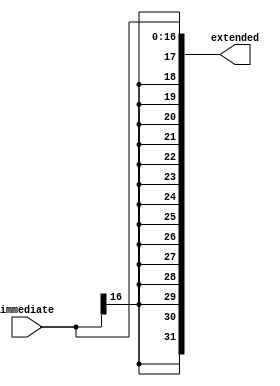
module sign_extension(extended, immediate);
	output reg [31:0] extended;
	input [16:0] immediate;
	
	wire sign_bit;
	integer i;
	
	assign sign_bit = immediate[16];
	
	always @(*) begin
		extended[16:0] <= immediate;
	
		for (i = 31; i >= 17; i = i - 1) begin : sign_series
			extended[i] <= sign_bit;
		end
	end
endmodule